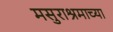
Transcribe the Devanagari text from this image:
मसुराश्रमाच्या